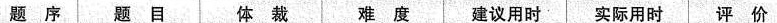
题 序 题 目 体 裁 难 度 建议用时 实际用时 评 价